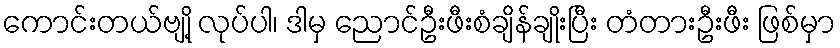
ကောင်းတယ်ဗျို့ လုပ်ပါ၊ ဒါမှ ညောင်ဦးဖီးစံချိန်ချိုးပြီး တံတားဦးဖီး ဖြစ်မှာ